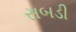
સબડી